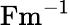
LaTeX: \mathrm{Fm^{-1}}